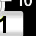
Digit: 1